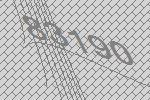
83190